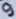
Text: 9